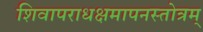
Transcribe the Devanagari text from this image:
शिवापराधक्षमापनस्तोत्रम्